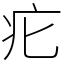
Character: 疕